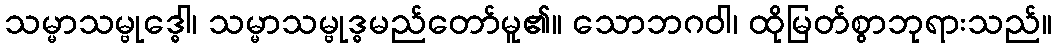
သမ္မာသမ္ဗုဒ္ဓေါ၊ သမ္မာသမ္ဗုဒ္ဓမည်တော်မူ၏။ သောဘဂဝါ၊ ထိုမြတ်စွာဘုရားသည်။